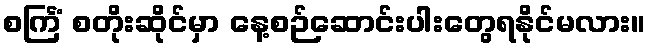
စင်္ကြံ စတိုးဆိုင်မှာ နေ့စဉ်ဆောင်းပါးတွေရနိုင်မလား။